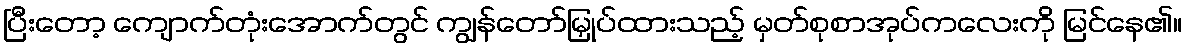
ပြီးတော့ ကျောက်တုံးအောက်တွင် ကျွန်တော်မြှုပ်ထားသည့် မှတ်စုစာအုပ်ကလေးကို မြင်နေ၏။